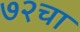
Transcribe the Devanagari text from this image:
७२चा